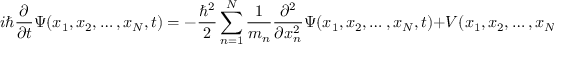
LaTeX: i \hbar { \frac { \partial } { \partial t } } \Psi ( x _ { 1 } , x _ { 2 } , \ldots , x _ { N } , t ) = - { \frac { \hbar ^ { 2 } } { 2 } } \sum _ { n = 1 } ^ { N } { \frac { 1 } { m _ { n } } } { \frac { \partial ^ { 2 } } { \partial x _ { n } ^ { 2 } } } \Psi ( x _ { 1 } , x _ { 2 } , \ldots , x _ { N } , t ) + V ( x _ { 1 } , x _ { 2 } , \ldots , x _ { N } , t ) \Psi ( x _ { 1 } , x _ { 2 } , \ldots , x _ { N } , t ) \, .